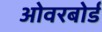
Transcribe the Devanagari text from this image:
ओवरबोर्ड